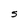
Character: S